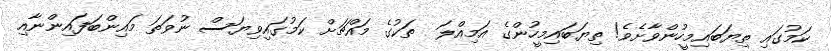
ކަމުގައި ތިޔަބައިމީހުންވާށެވެ! ތިޔަބައިމީހުންގެ އަމިއްލަ  ތަކުގެ މައްޗަށް ކަމުގައިވިޔަސް ނުވަތަ މައިންބަފައިންނާއި